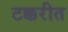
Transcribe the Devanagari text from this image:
टक्करीत